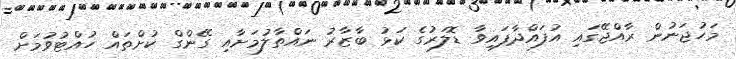
މަހުޖަނުން ރާއްޖޭގައި އުފައްދާފައިވާ ޑޮލަރުގެ ކަޅު ބާޒާރު ނައްތާލުމަށާއި ގޭންގް ކުށްތައް ހުއްޓުވުމަށް